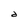
Character: d